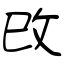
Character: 攺